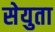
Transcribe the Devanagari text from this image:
सेयुता